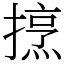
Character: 𢴒